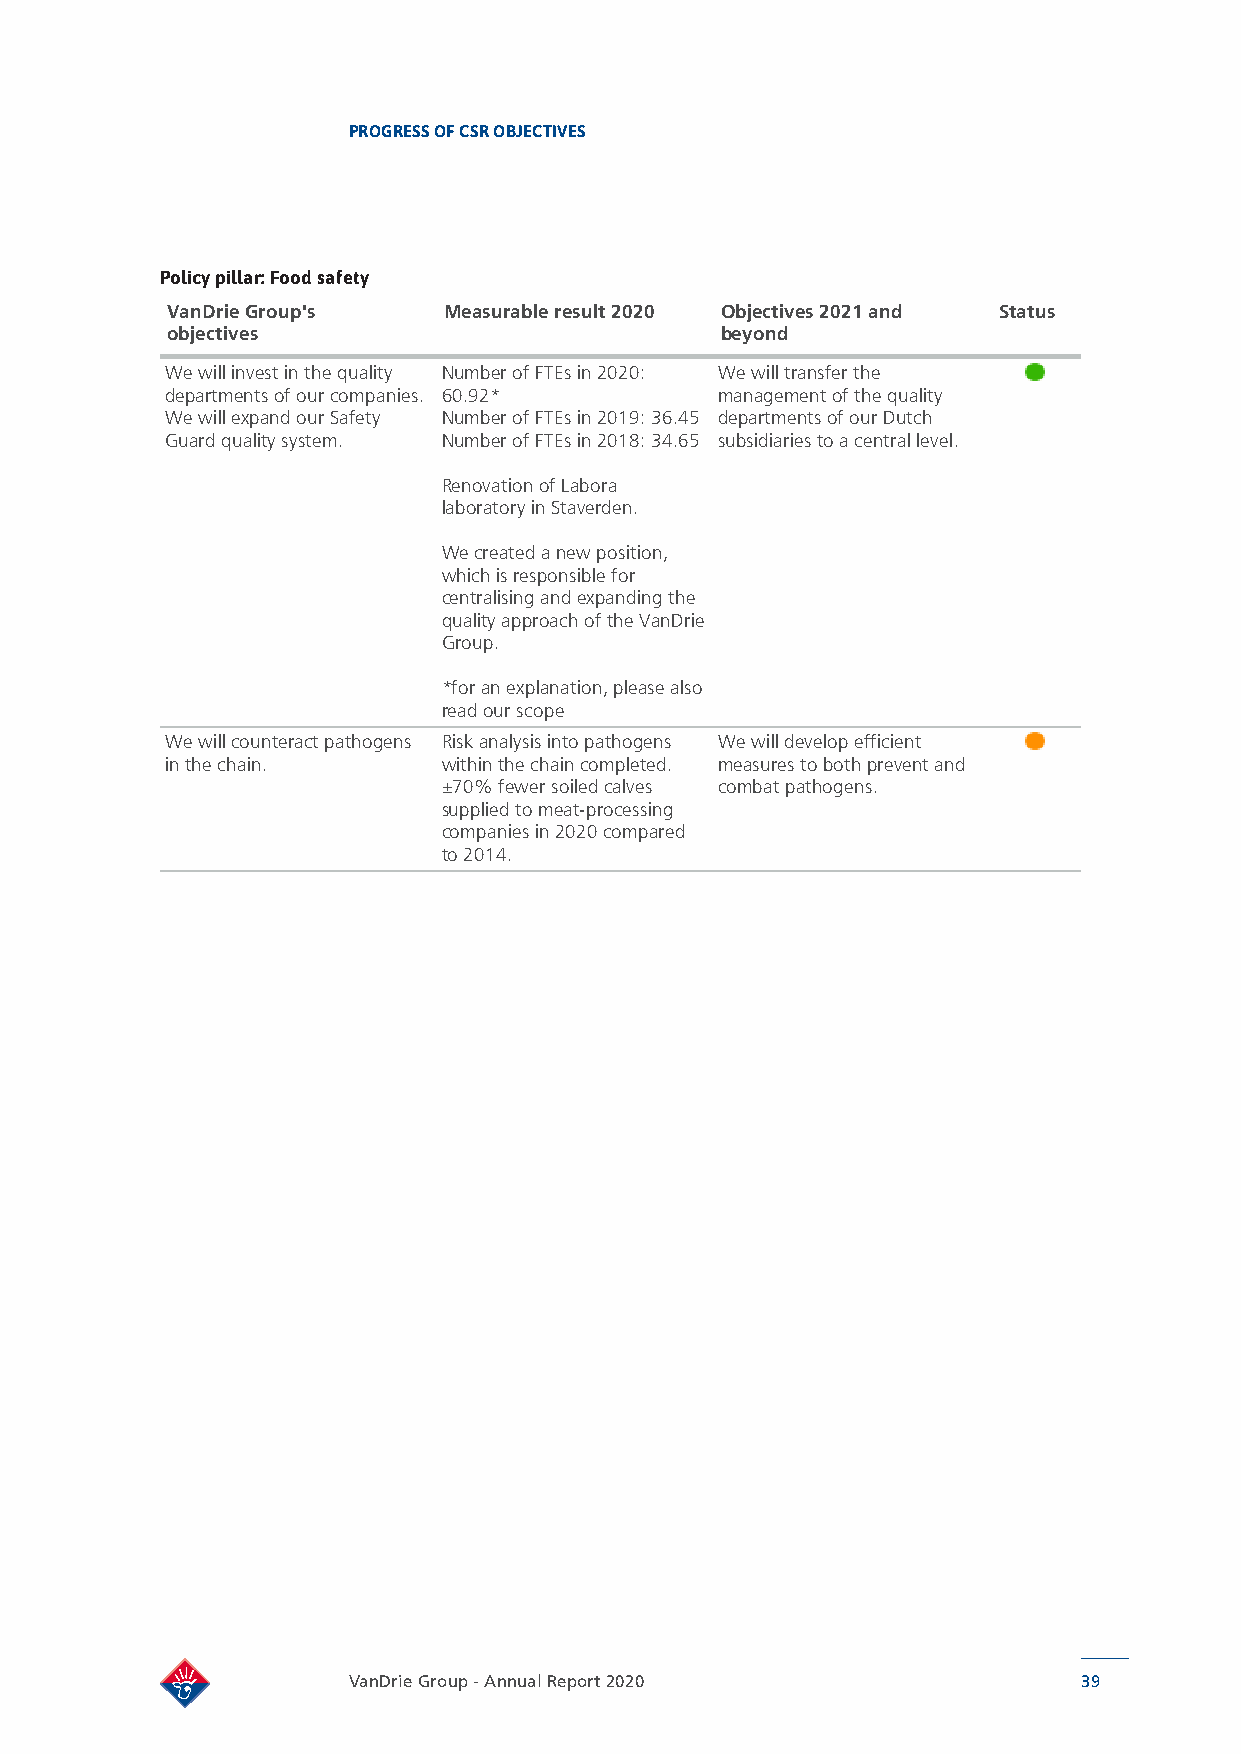
PROGRESS OF CSR OBJECTIVES
 Policy pillar: Food safety
 VanDrie Group's   Measurable result 2020 Objectives 2021 and Status
 objectives                           beyond
 We will invest in the quality Number of FTEs in 2020: We will transfer the
 departments of our companies. 60.92* management of the quality
 We will expand our Safety Number of FTEs in 2019: 36.45 departments of our Dutch
 Guard quality system. Number of FTEs in 2018: 34.65 subsidiaries to a central level.
 Renovation of Labora
 laboratory in Staverden.
 We created a new position,
 which is responsible for
 centralising and expanding the
 quality approach of the VanDrie
 Group.
 *for an explanation, please also
 read our scope
 We will counteract pathogens Risk analysis into pathogens We will develop efficient
 in the chain.     within the chain completed. measures to both prevent and
 ±70% fewer soiled calves combat pathogens.
 supplied to meat-processing
 companies in 2020 compared
 to 2014.
 VanDrie Group - Annual Report 2020               39